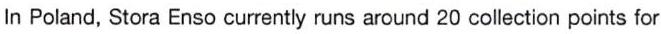
In Poland, Stora Enso currently runs around 20 collection points for